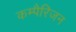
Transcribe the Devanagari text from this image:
कम्पैरिजन